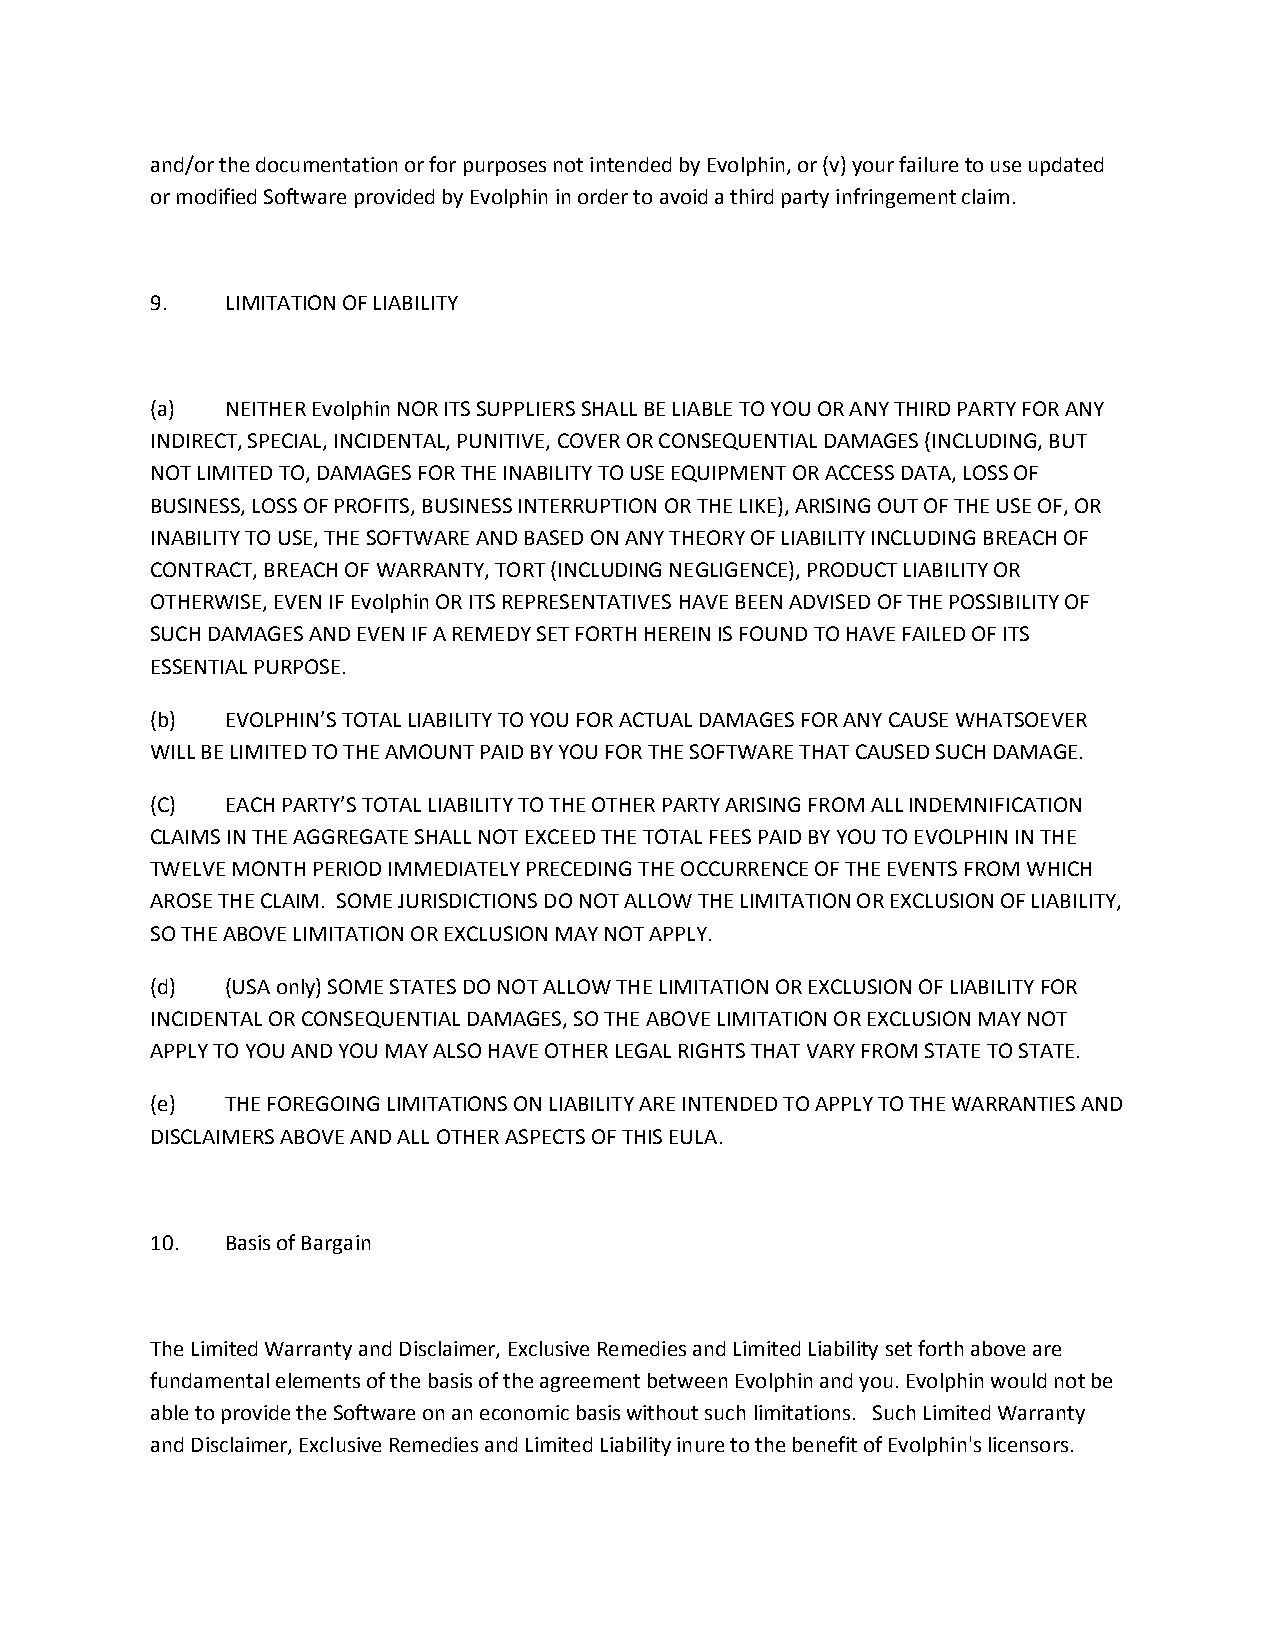
and/or the documentation or for purposes not intended by Evolphin, or (v) your failure to use updated
 or modified Software provided by Evolphin in order to avoid a third party infringement claim.
 9.   LIMITATION OF LIABILITY
 (a)  NEITHER Evolphin NOR ITS SUPPLIERS SHALL BE LIABLE TO YOU OR ANY THIRD PARTY FOR ANY
 INDIRECT, SPECIAL, INCIDENTAL, PUNITIVE, COVER OR CONSEQUENTIAL DAMAGES (INCLUDING, BUT
 NOT LIMITED TO, DAMAGES FOR THE INABILITY TO USE EQUIPMENT OR ACCESS DATA, LOSS OF
 BUSINESS, LOSS OF PROFITS, BUSINESS INTERRUPTION OR THE LIKE), ARISING OUT OF THE USE OF, OR
 INABILITY TO USE, THE SOFTWARE AND BASED ON ANY THEORY OF LIABILITY INCLUDING BREACH OF
 CONTRACT, BREACH OF WARRANTY, TORT (INCLUDING NEGLIGENCE), PRODUCT LIABILITY OR
 OTHERWISE, EVEN IF Evolphin OR ITS REPRESENTATIVES HAVE BEEN ADVISED OF THE POSSIBILITY OF
 SUCH DAMAGES AND EVEN IF A REMEDY SET FORTH HEREIN IS FOUND TO HAVE FAILED OF ITS
 ESSENTIAL PURPOSE.
 (b)  EVOLPHIN’S TOTAL LIABILITY TO YOU FOR ACTUAL DAMAGES FOR ANY CAUSE WHATSOEVER
 WILL BE LIMITED TO THE AMOUNT PAID BY YOU FOR THE SOFTWARE THAT CAUSED SUCH DAMAGE.
 (C)  EACH PARTY’S TOTAL LIABILITY TO THE OTHER PARTY ARISING FROM ALL INDEMNIFICATION
 CLAIMS IN THE AGGREGATE SHALL NOT EXCEED THE TOTAL FEES PAID BY YOU TO EVOLPHIN IN THE
 TWELVE MONTH PERIOD IMMEDIATELY PRECEDING THE OCCURRENCE OF THE EVENTS FROM WHICH
 AROSE THE CLAIM. SOME JURISDICTIONS DO NOT ALLOW THE LIMITATION OR EXCLUSION OF LIABILITY,
 SO THE ABOVE LIMITATION OR EXCLUSION MAY NOT APPLY.
 (d)  (USA only) SOME STATES DO NOT ALLOW THE LIMITATION OR EXCLUSION OF LIABILITY FOR
 INCIDENTAL OR CONSEQUENTIAL DAMAGES, SO THE ABOVE LIMITATION OR EXCLUSION MAY NOT
 APPLY TO YOU AND YOU MAY ALSO HAVE OTHER LEGAL RIGHTS THAT VARY FROM STATE TO STATE.
 (e)  THE FOREGOING LIMITATIONS ON LIABILITY ARE INTENDED TO APPLY TO THE WARRANTIES AND
 DISCLAIMERS ABOVE AND ALL OTHER ASPECTS OF THIS EULA.
 10.  Basis of Bargain
 The Limited Warranty and Disclaimer, Exclusive Remedies and Limited Liability set forth above are
 fundamental elements of the basis of the agreement between Evolphin and you. Evolphin would not be
 able to provide the Software on an economic basis without such limitations. Such Limited Warranty
 and Disclaimer, Exclusive Remedies and Limited Liability inure to the benefit of Evolphin's licensors.